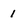
Character: 1